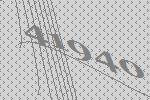
41940